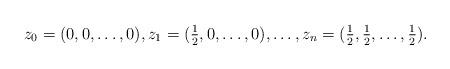
LaTeX: \begin{align*}z_0 =(0, 0, \dots, 0), z_1 =(\tfrac{1}{2}, 0, \dots, 0), \dots, z_n =(\tfrac{1}{2}, \tfrac{1}{2}, \dots, \tfrac{1}{2}).\end{align*}